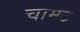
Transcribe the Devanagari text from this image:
चामट